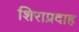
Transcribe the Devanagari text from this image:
शिराप्रदाह